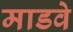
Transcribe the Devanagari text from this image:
माडवे